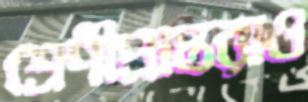
শ্রেণীপ্রাপ্তরাও